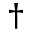
^ \dagger